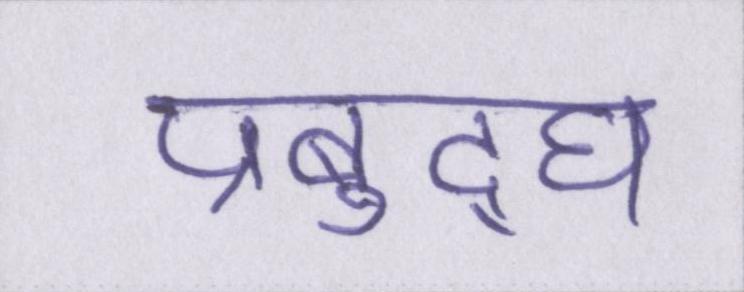
प्रबुद्घ